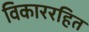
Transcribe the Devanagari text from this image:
विकाररहित